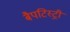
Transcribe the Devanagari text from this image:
बैपटिस्ट्री